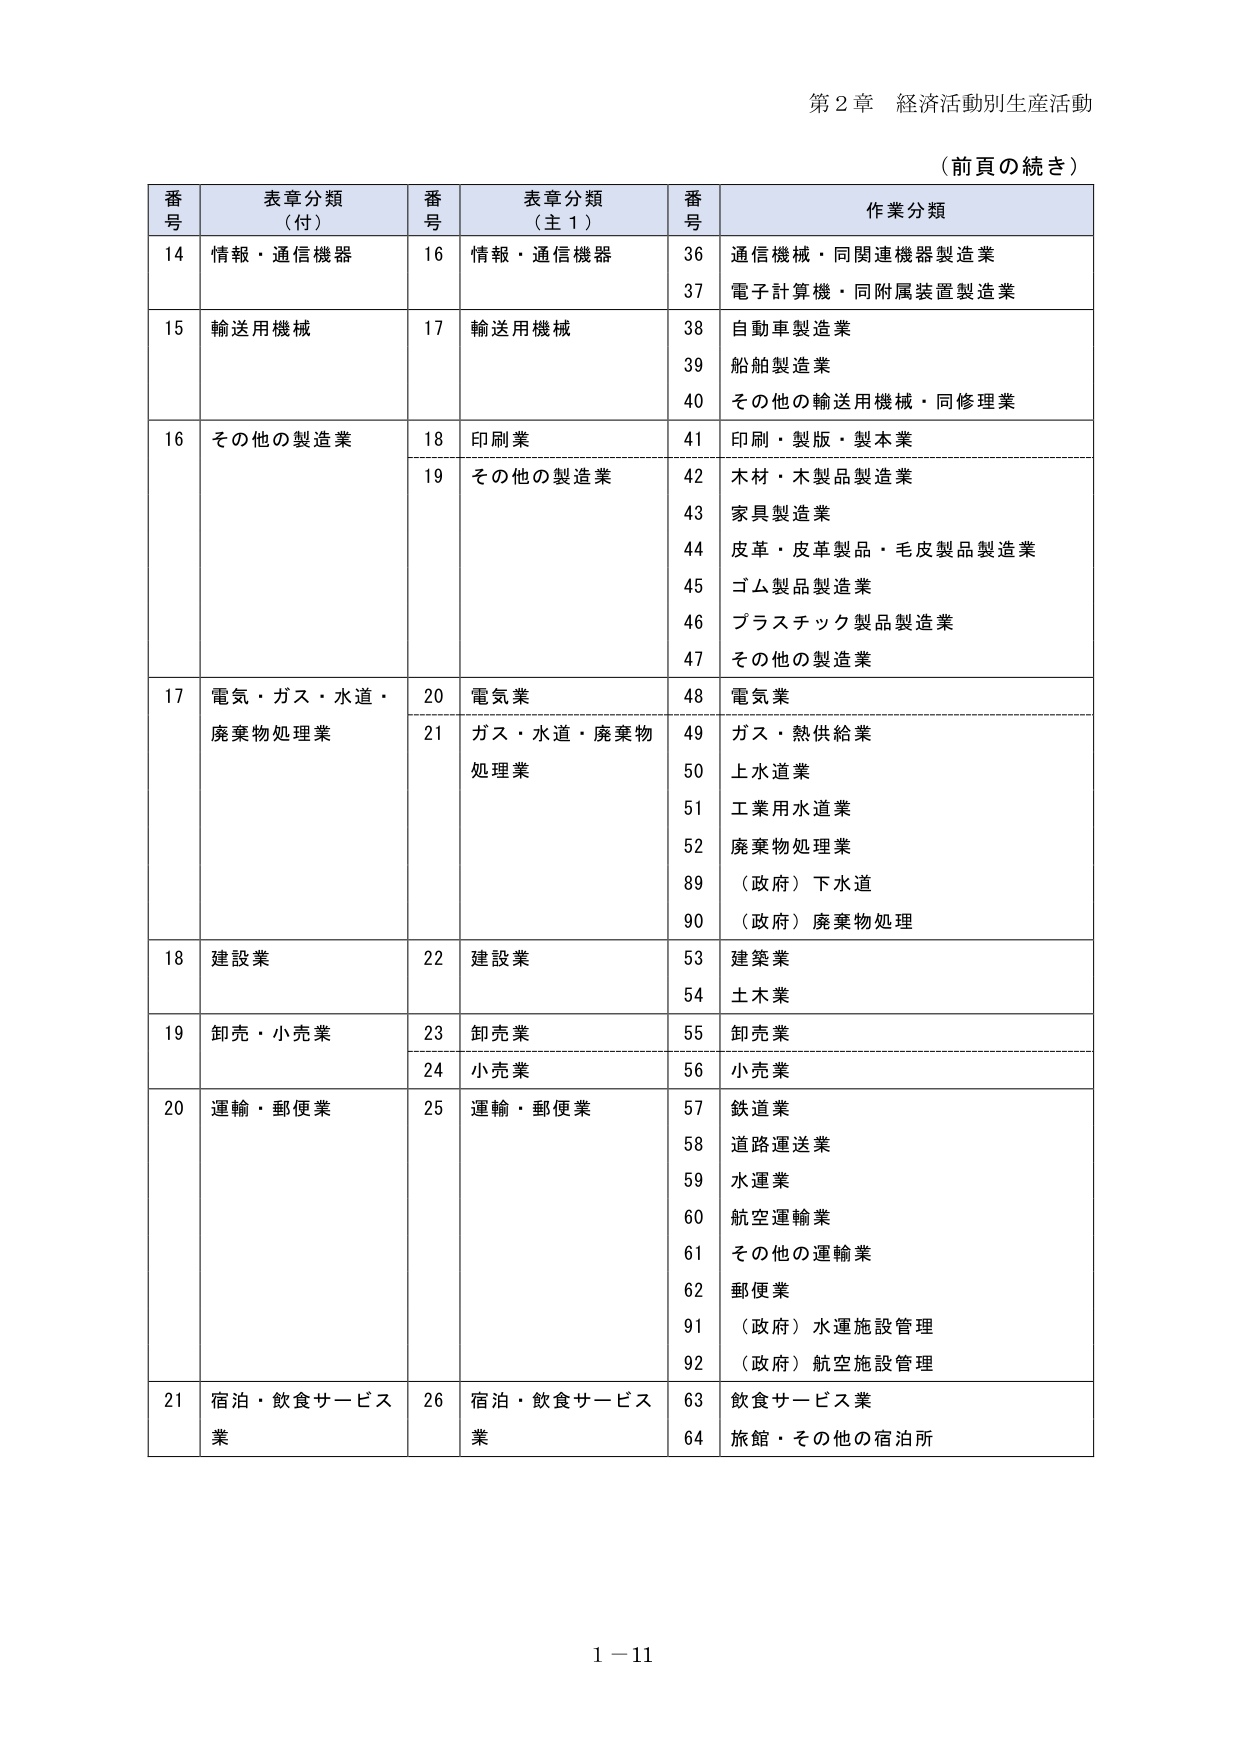
第２章 経済活動別生産活動
（前頁の続き）

番号 表章分類（付） 番号 表章分類（主１） 番号 作業分類
14 情報・通信機器 16 情報・通信機器 36 通信機械・同関連機器製造業
37 電子計算機・同附属装置製造業
15 輸送用機械 17 輸送用機械 38 自動車製造業
39 船舶製造業
40 その他の輸送用機械・同修理業
16 その他の製造業 18 印刷業 41 印刷・製版・製本業
19 その他の製造業 42 木材・木製品製造業
43 家具製造業
44 皮革・皮革製品・毛皮製品製造業
45 ゴム製品製造業
46 プラスチック製品製造業
47 その他の製造業
17 電気・ガス・水道・廃棄物処理業 20 電気業 48 電気業
21 ガス・水道・廃棄物処理業 49 ガス・熱供給業
50 上水道業
51 工業用水道業
52 廃棄物処理業
89 （政府）下水道
90 （政府）廃棄物処理
18 建設業 22 建設業 53 建築業
54 土木業
19 卸売・小売業 23 卸売業 55 卸売業
24 小売業 56 小売業
20 運輸・郵便業 25 運輸・郵便業 57 鉄道業
58 道路運送業
59 水運業
60 航空運輸業
61 その他の運輸業
62 郵便業
91 （政府）水運施設管理
92 （政府）航空施設管理
21 宿泊・飲食サービス業 26 宿泊・飲食サービス業 63 飲食サービス業
64 旅館・その他の宿泊所

1－11